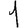
Digit: 1